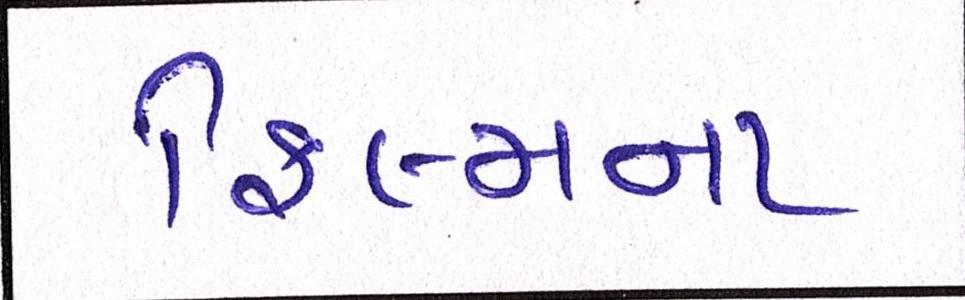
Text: ફિલ્મના